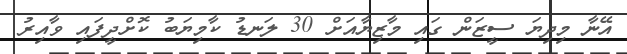
އޭނާ މިދިޔަ ސީޒަން ގައި މާޒިޔާއަށް 30 ލަނޑު ކާމިޔަބު ކޮށްދީފައި ވާއިރު